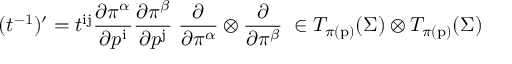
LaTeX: ( t ^ { - 1 } ) ^ { \prime } = t ^ { \mathrm { i j } } { \frac { \partial \pi ^ { \alpha } } { \partial p ^ { \mathrm { i } } } } { \frac { \partial \pi ^ { \beta } } { \partial p ^ { \mathrm { j } } } } \; { \frac { \partial } { \partial \pi ^ { \alpha } } } \otimes { \frac { \partial } { \partial \pi ^ { \beta } } } \; \in T _ { \pi ( \mathrm { p } ) } ( \Sigma ) \otimes T _ { \pi ( \mathrm { p } ) } ( \Sigma )